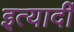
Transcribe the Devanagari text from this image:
इत्यार्दी